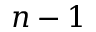
n - 1